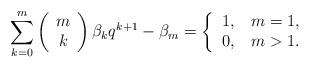
LaTeX: \begin{align*}\sum_{k=0}^{m}\left(\begin{array}[c]{c}m\\k\end{array}\right) \beta_{k}q^{k+1}-\beta_{m}=\left\{\begin{tabular}[c]{ll}$1,$ & $m=1,$\\$0,$ & $m>1.$\end{tabular}\ \ \ \ \ \ \ \right. \end{align*}